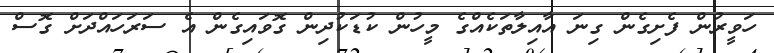
ހަވީރުން ފެށިގެން ގިނަ އާއިލާތަކެއްގެ މީހުން ކުޑަކުދިން ގޮވައިގެން އެ ސަރަހައްދަށް ގޮސް